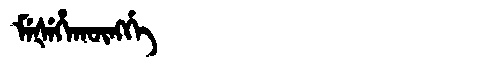
Manchu: ᠮᡝᡧᡝᡥᠠᡴᡡᠩᡤᡝ
Romanization: MEŠEHAKŪNGGE